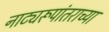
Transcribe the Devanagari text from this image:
नाट्यरूपांतराच्या